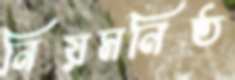
নিয়মনিষ্ঠ